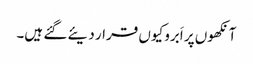
آنکھوں پر اَبرو کیوں قرار دیئے گئے ہیں۔